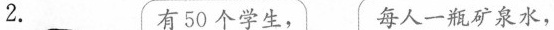
2. 有50个学生， 每人一瓶矿泉水，